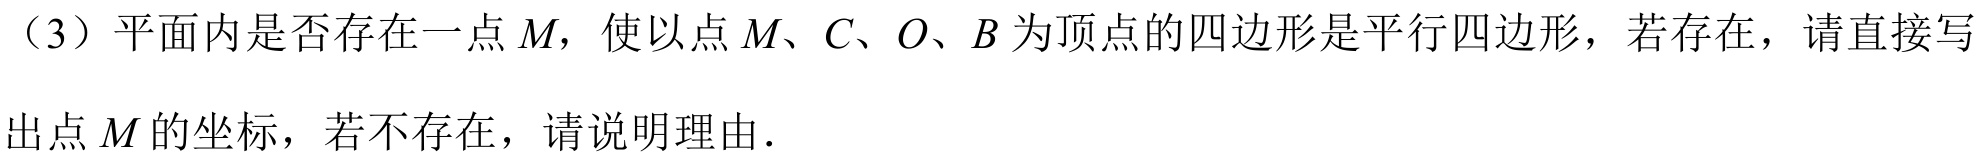
（3）平面内是否存在一点\(M\)，使以点\(M、C、O、B\)为顶点的四边形是平行四边形，若存在，请直接写
出点\(M\)的坐标，若不存在，请说明理由．